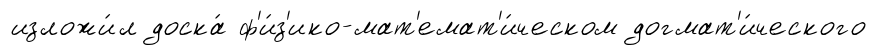
изложи́л доска́ ф'и́з'ико-мат'емат'и́ческом догмат'и́ческого